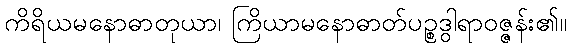
ကိရိယမနောဓာတုယာ၊ ကြိယာမနောဓာတ်ပဉ္စဒွါရာဝဇ္ဇန်း၏။